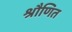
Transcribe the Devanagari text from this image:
श्रौणित